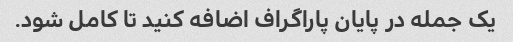
یک جمله در پایان پاراگراف اضافه کنید تا کامل شود.